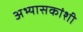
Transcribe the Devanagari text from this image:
अभ्यासकांशी